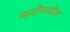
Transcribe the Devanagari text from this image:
मादीमधील